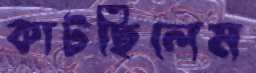
কাটছিলেম